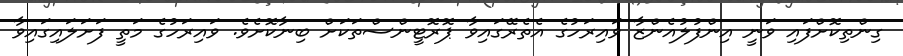
ގިންތިކޮށްފައި ވަނީ އިންފުލުއެންޒާ ވައިރަހުގެ އެތެރޭގައިވާ ޕޮރޮޓީންސްތަކަށް ބިނާކޮށެވެ. ވައިރަހުގެ މަތީ ފަށަލައިގައިވާ